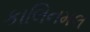
કાલિનમલ